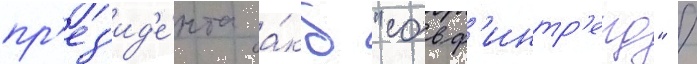
пр'ез'ид'е́нта а́кб "совф'интр'еид" /